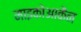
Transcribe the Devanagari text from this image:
माइकोआकैन